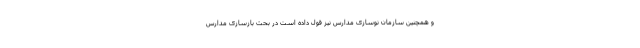
و همچنین سازمان نوسازی مدارس نیز قول داده است در بحث بازسازی مدارس